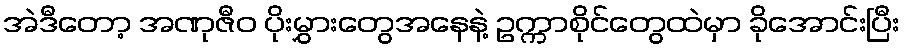
အဲဒီတော့ အဏုဇီဝ ပိုးမွှားတွေအနေနဲ့ ဥက္ကာစိုင်တွေထဲမှာ ခိုအောင်းပြီး